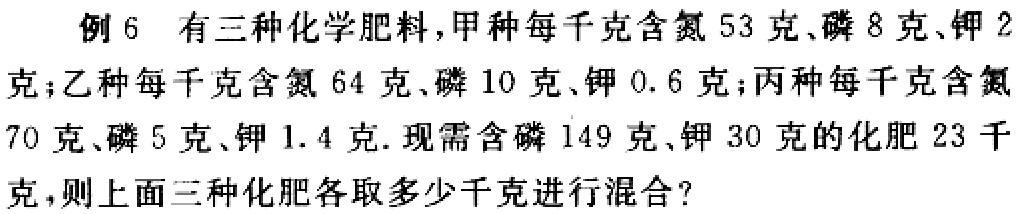
例 6 有三种化学肥料，甲种每千克含氮 53 克、磷 8 克、钾 2 克；乙种每千克含氮 64 克、磷 10 克、钾 0.6 克；丙种每千克含氮 70 克、磷 5 克、钾 1.4 克. 现需含磷 149 克、钾 30 克的化肥 23 千克，则上面三种化肥各取多少千克进行混合?